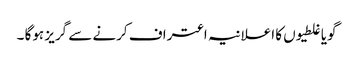
گویا غلطیوں کا اعلانیہ اعتراف کرنے سے گریز ہوگا ۔